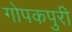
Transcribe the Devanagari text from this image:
गोपकपुरी